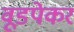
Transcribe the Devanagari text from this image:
वूडपेकर